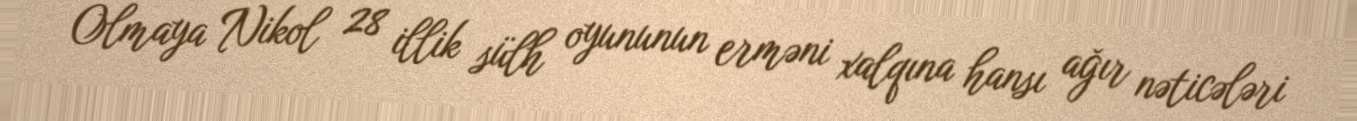
Olmaya Nikol 28 illik sülh oyununun erməni xalqına hansı ağır nəticələri